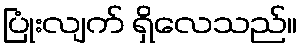
ပြုံးလျက် ရှိလေသည်။